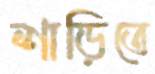
শাড়িতে